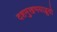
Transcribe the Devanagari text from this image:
दशमुखभयाद्भुवो